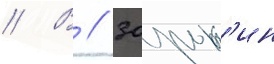
// В // Зорьк'ин